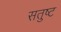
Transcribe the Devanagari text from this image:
सतुष्ट